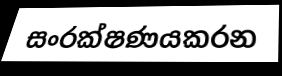
සංරක්ෂණයකරන